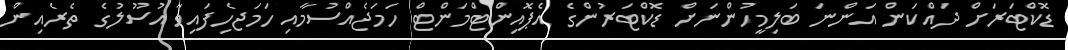
ޑޮކްޓަރަށް ދައްކަން އަންނަ ބަލިމީހުންނަށް ޑޮކްޓަރުންގެ އެޕޮއިންޓްމަންޓް ހަމަޖެއްސުމާއި ހަމަޖެހިފައިވާ އުސޫލުގެ ތެރެއިން